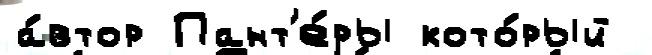
а́втор Пант'е́ры кото́рый